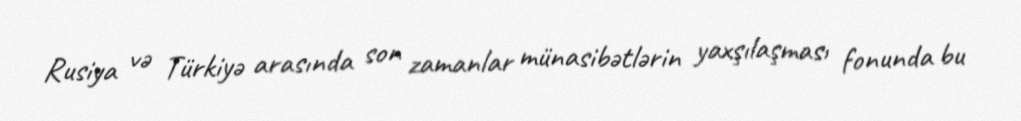
Rusiya və Türkiyə arasında son zamanlar münasibətlərin yaxşılaşması fonunda bu